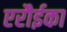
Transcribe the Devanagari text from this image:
एरौईका